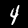
Digit: 4